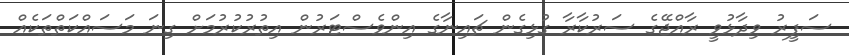
ސަފީރު ވިދާޅުވީ ރާއްޖޭގެ ސަރުކާރާ ގުޅިގެން ޗައިނާގެ އިންވެސްޓަރުން އިތުރުކުރުމަށް ގިނަ މަސައްކަތްތަކެއް